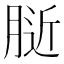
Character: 𰮰